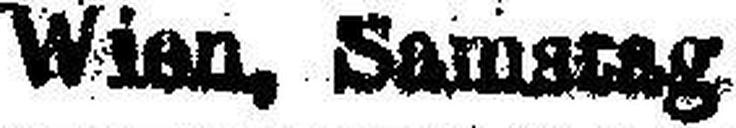
Wien, Samstag